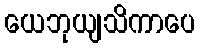
ယေဘုယျသိကာပေ